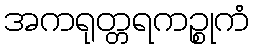
အကရုတ္တရကဉ္စုကံ